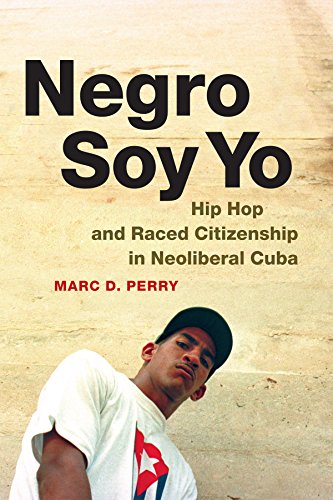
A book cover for Negro Soy Yo: Hip Hop and Raced Citizenship in Neoliberal Cuba (Refiguring American Music); Marc D. Perry; History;